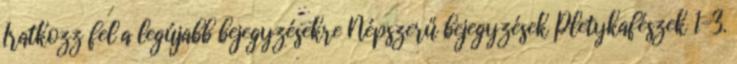
Iratkozz fel a legújabb bejegyzésekre Népszerű bejegyzések Pletykafészek 1-3.